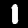
Label: 1